Leningradi_Edasi_toimetus, lk 44
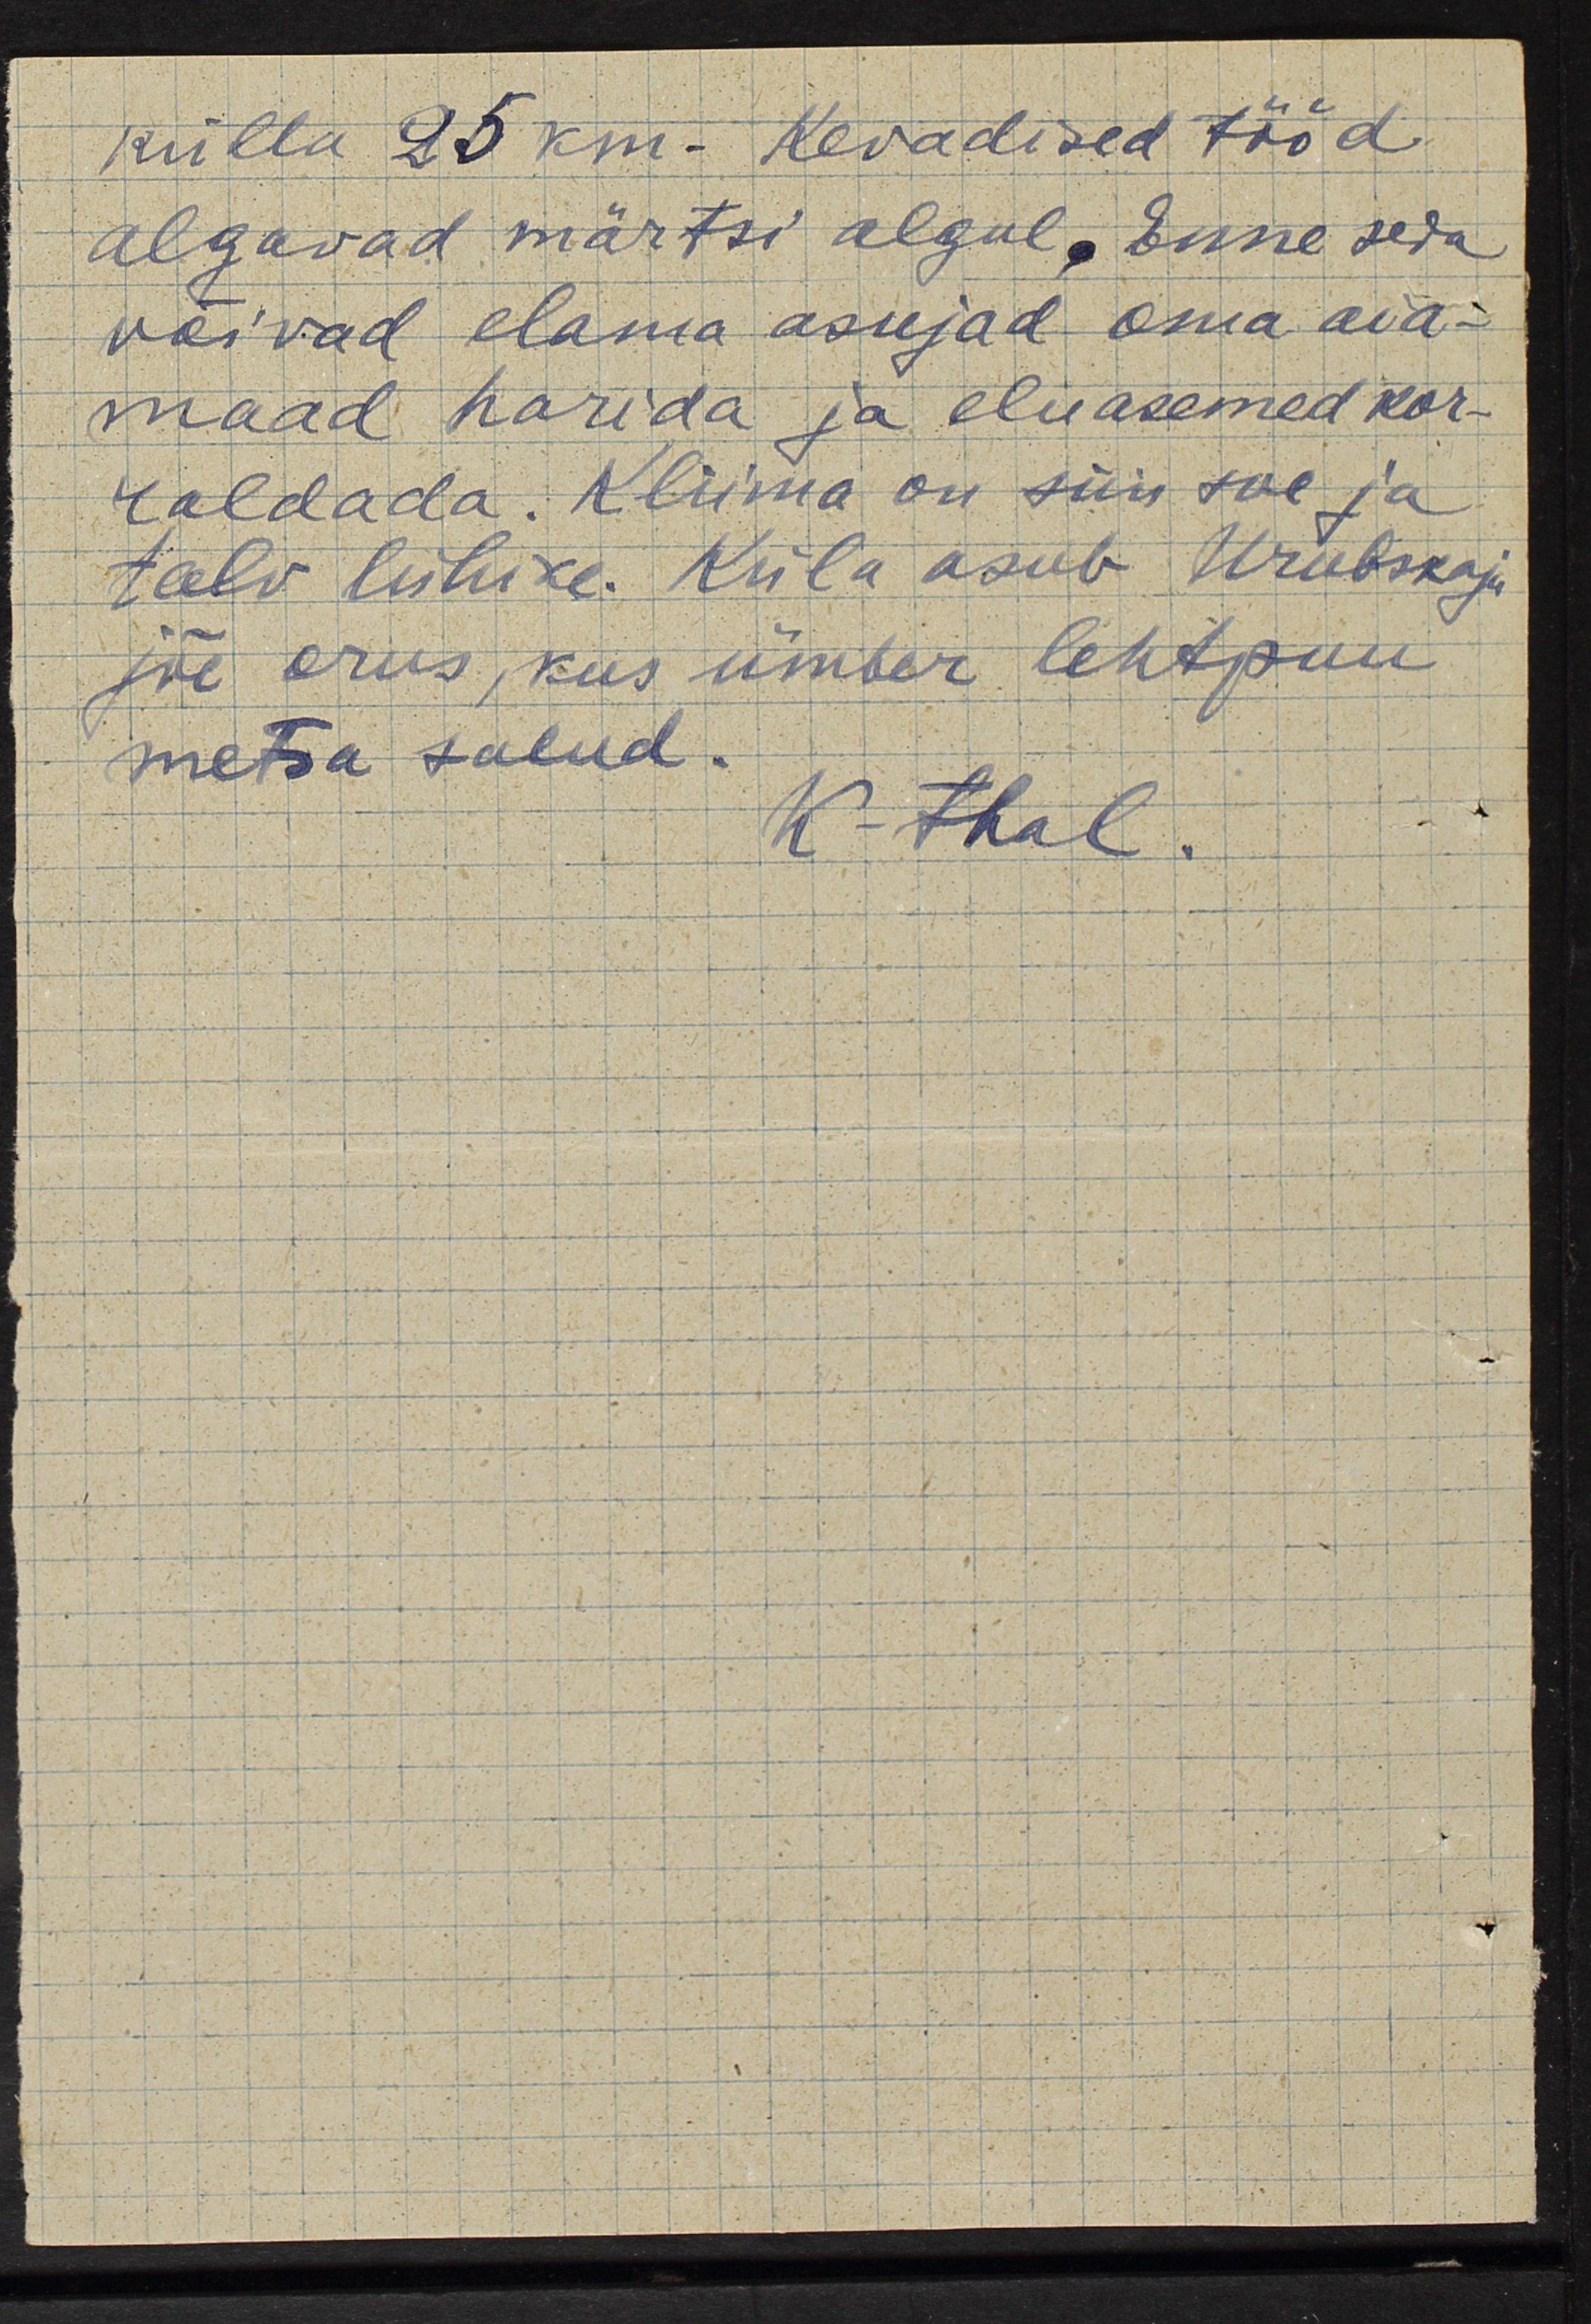
külla 25 km. Kevadised tööd
algavad märtsi algul. Enne seda
võivad elama asujad oma aia-
maad harida ja eluasemed kor-
raldada. Kliima on siin soe ja
talv lühike. Küla asub Urubskaja
jõe orus, kus ümber lehtpuu
metsa salud.
K-thal.